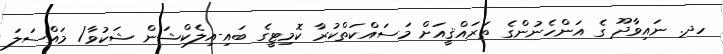
ހދ. ނައިވާދޫ ގެ އަންހެނުންގެ ތަރައްޤީއަށް މަސައްކަތްކުރާ ކޮމިޓީގެ ބައި-އިލެކްޝަން ޝަކުވާ/ މައްސަލަ